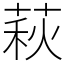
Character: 萩